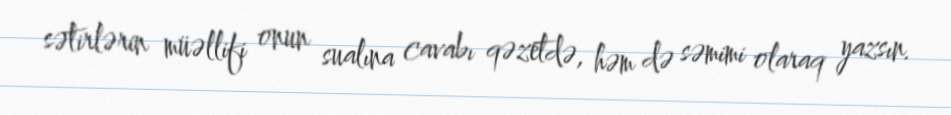
sətirlərin müəllifi onun sualına cavabı qəzetdə, həm də səmimi olaraq yazsın.